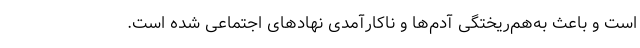
است و باعث به‌هم‌ریختگی آدم‌ها و ناکارآمدی نهادهای اجتماعی شده است.